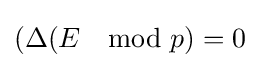
(\Delta (E\mod p)=0